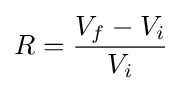
R={\frac {V_{f}-V_{i}}{V_{i}}}